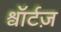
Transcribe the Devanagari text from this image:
श्वॉर्टज़